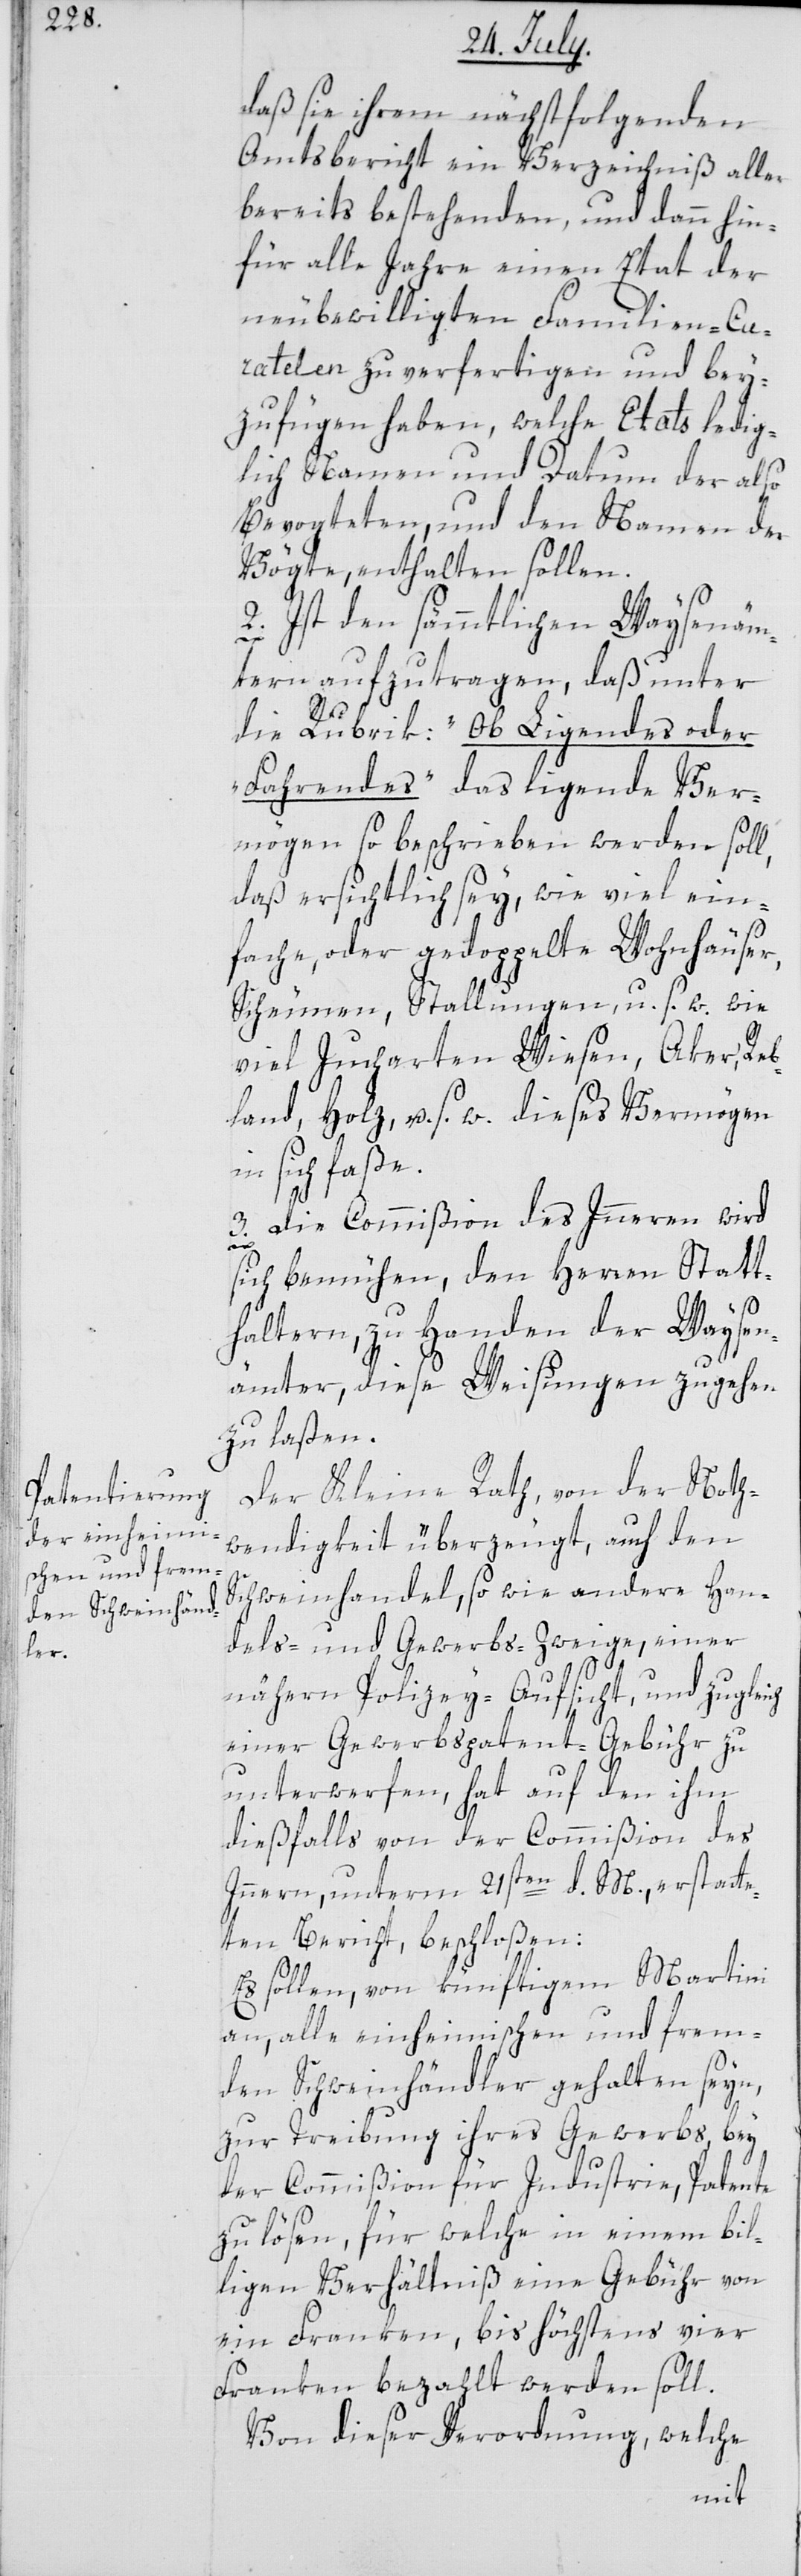
daß sie ihrem nächstfolgenden
Amtsbericht ein Verzeichniß aller
bereits bestehenden, und dann hin¬
für alle Jahre einen Etat der
neubewilligten Familien-Cu¬
ratelen zu verfertigen und bey¬
zufügen haben, welche Etats ledig¬
lich Namen und Datum der also
Bevogteten und den Namen der
Vögte, enthalten sollen.
2. Ist den sämmtlichen Waysenäm¬
tern aufzutragen, daß unter
die Rubrik: „Ob Ligendes oder
Fahrendes“ das ligende Ver¬
mögen so beschrieben werden soll,
daß ersichtlich sey, wie viel ein¬
fache oder gedoppelte Wohnhäuser,
Scheunen, Stallungen u. s. w. wie
viel Jucharten Wiesen, Aker, Reb¬
land, Holz, u. s. w. dieses Vermögen
in sich faße.
3. Die Commißion des Innern wird
sich bemühen, den Herren Statt¬
haltern, zu Handen der Waysen¬
ämter, diese Weisungen zugehen
zu laßen.
Der Kleine Rath, von der Noth¬
wendigkeit überzeugt, auf den
Schweinhandel sowie andere Han¬
dels- und Gewerbs-Zweige, einer
nähern Polizey-Aufsicht, und zugleich
einer Gewerbspatent-Gebühr zu
unterwerfen, hat auf den ihm
dießfalls von der Commißion des
Innern, unterm 21sten d. M, erstatte¬
ten Bericht, beschloßen:
Es sollen, von künftigem Martini
an, alle einheimischen und frem¬
den Schweinhändler gehalten seyn,
zur Treibung ihres Gewerbs, bey
der Commißion für Industrie, Patente
zu lösen, für welche in einem bil¬
ligen Verhältniß eine Gebühr von
ein Franken, bis höchstens vier
Franken bezahlt werden soll.
Von dieser Verordnung, welche